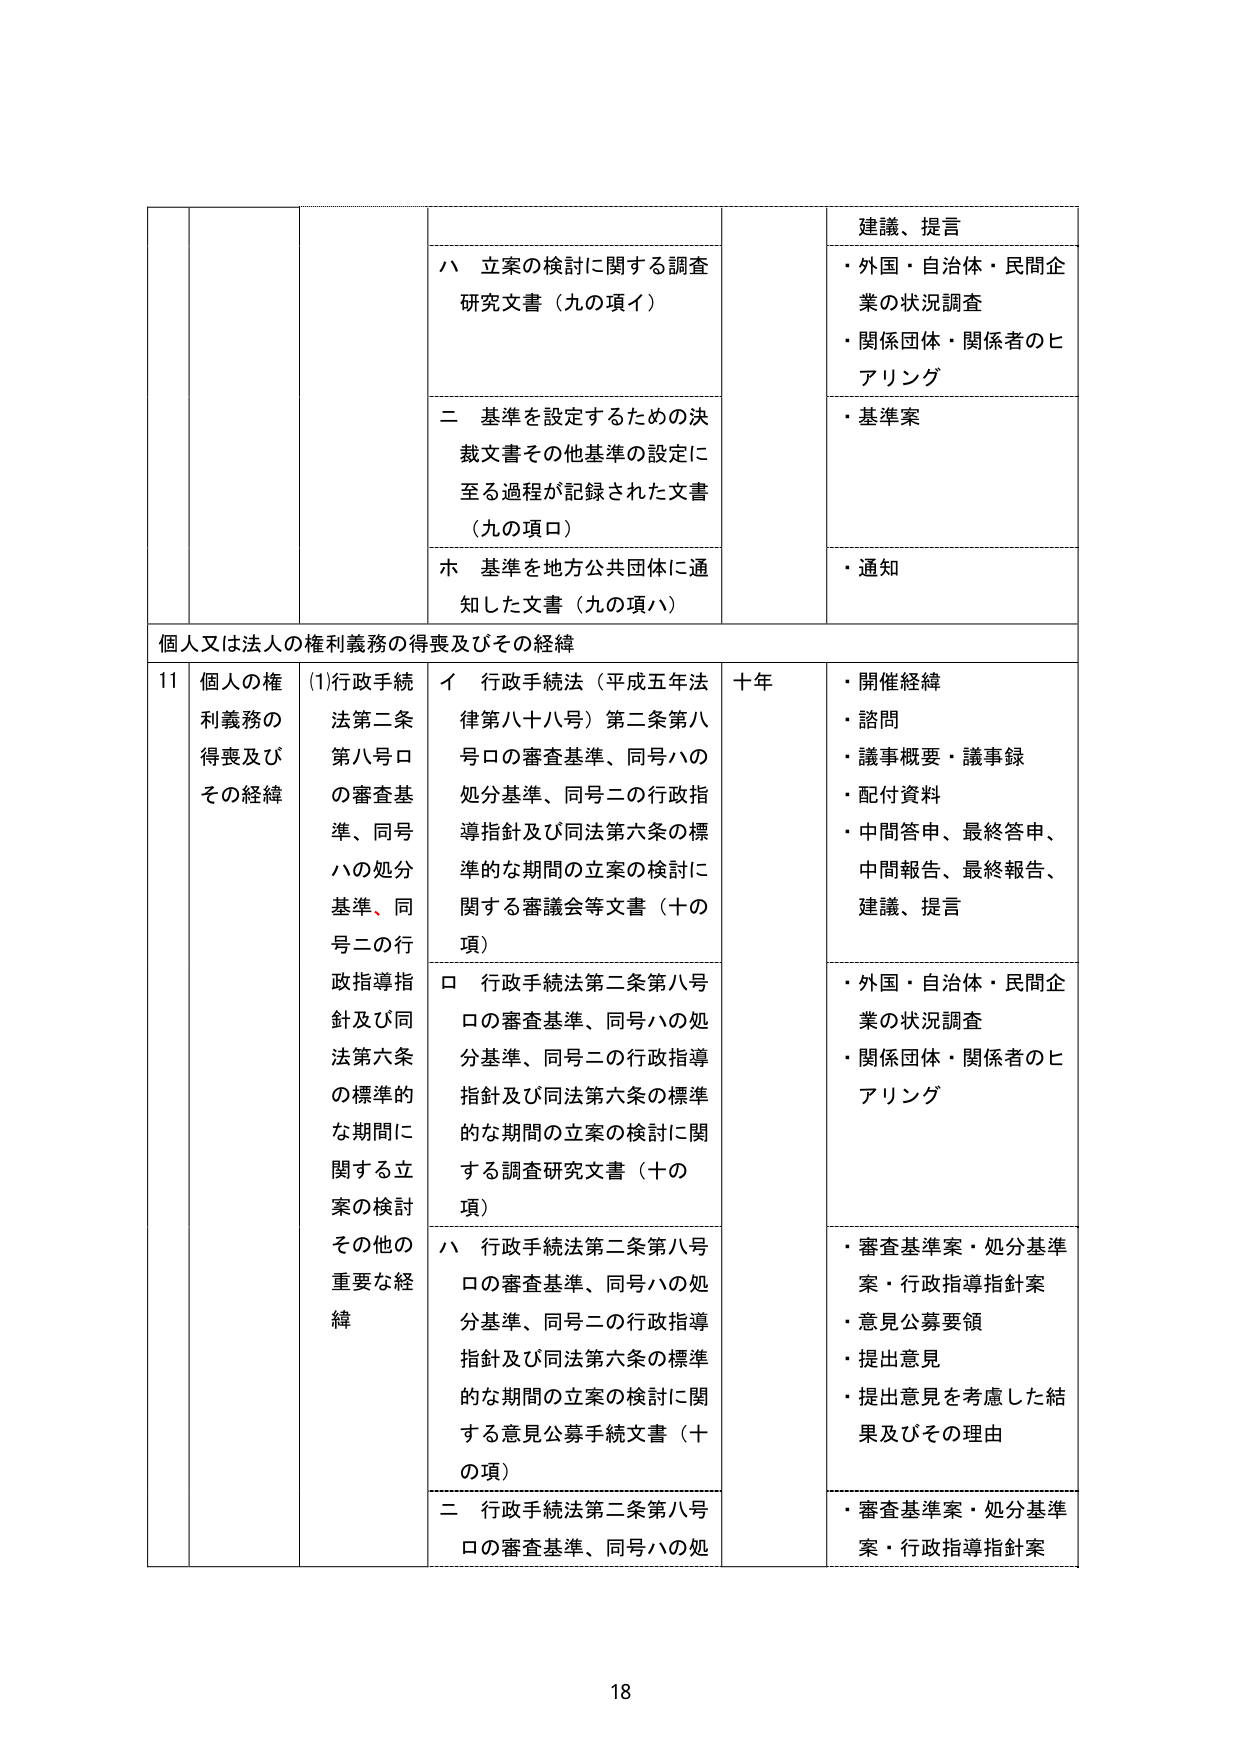
個人又は法人の権利義務の得喪及びその経緯

11 個人の権利義務の得喪及びその経緯

(1)行政手続法第二条第八号ロの審査基準、同号ハの処分基準、同号二の行政指導指針及び同法第六条の標準的な期間に関する立案の検討 その他の重要な経緯

イ 行政手続法（平成五年法律第八十八号）第二条第八号ロの審査基準、同号ハの処分基準、同号二の行政指導指針及び同法第六条の標準的な期間の立案の検討に関する審議会等文書（十の項）

ロ 行政手続法第二条第八号ロの審査基準、同号ハの処分基準、同号二の行政指導指針及び同法第六条の標準的な期間の立案の検討に関する調査研究文書（十の項）

ハ 行政手続法第二条第八号ロの審査基準、同号ハの処分基準、同号二の行政指導指針及び同法第六条の標準的な期間の立案の検討に関する意見公募手続文書（十の項）

二 行政手続法第二条第八号ロの審査基準、同号ハの処分基準、同号二の行政指導指針及び同法第六条の標準的な期間の立案の検討に関する文書（十の項）

十年

・開催経緯
・諮問
・議事概要・議事録
・配付資料
・中間答申、最終答申、中間報告、最終報告、建議、提言

・外国・自治体・民間企業の状況調査
・関係団体・関係者のヒアリング

・審査基準案・処分基準案・行政指導指針案
・意見公募要領
・提出意見
・提出意見を考慮した結果及びその理由

・審査基準案・処分基準案・行政指導指針案

ハ 立案の検討に関する調査研究文書（九の項イ）

二 基準を設定するための決裁文書その他基準の設定に至る過程が記録された文書（九の項ロ）

ホ 基準を地方公共団体に通知した文書（九の項ハ）

建議、提言
・外国・自治体・民間企業の状況調査
・関係団体・関係者のヒアリング
・基準案
・通知

18